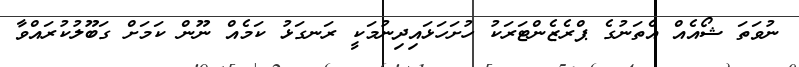
ނުވަތަ ޝޯއެއް އެތަނުގެ ޕްރެޒެންޓަރަކު ހުށަހަޅައިދިނުމަކީ ރަނގަޅު ކަމެއް ނޫން ކަމަށް ގަބޫލުކުރައްވާ